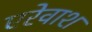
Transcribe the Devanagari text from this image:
एरेवाश